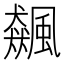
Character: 飆